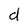
Character: d